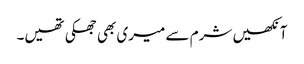
آنکھیں شرم سے میری بھی جھکی تھیں۔